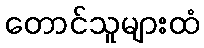
တောင်သူများထံ